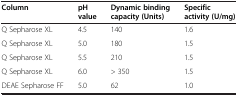
<table><thead><tr><td><b>Column</b></td><td><b>pH value</b></td><td><b>Dynamic binding capacity (Units)</b></td><td><b>Specific activity (U/mg)</b></td></tr></thead><tbody><tr><td>Q Sepharose XL</td><td>4.5</td><td>140</td><td>1.6</td></tr><tr><td>Q Sepharose XL</td><td>5.0</td><td>180</td><td>1.5</td></tr><tr><td>Q Sepharose XL</td><td>5.5</td><td>210</td><td>1.5</td></tr><tr><td>Q Sepharose XL</td><td>6.0</td><td>&gt; 350</td><td>1.5</td></tr><tr><td>DEAE Sepharose FF</td><td>5.0</td><td>62</td><td>1.0</td></tr></tbody></table>